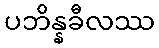
ပဘိန္နခီလဿ